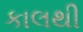
કાલથી